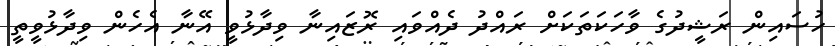
ހުސައިން ރަޝީދުގެ ވާހަކަތަކަށް ރައްދު ދެއްވައި ރޮޒައިނާ ވިދާޅުވީ އޭނާ އެހެން ވިދާޅުވީތީ